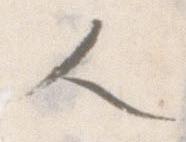
人